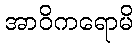
အာဝိကရောမိ